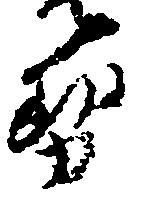
せ